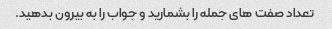
تعداد صفت های جمله را بشمارید و جواب را به بیرون بدهید.